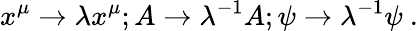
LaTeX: x^{\mu}\rightarrow\lambda x^{\mu};A\rightarrow\lambda^{-1}A;\psi\rightarrow\lambda^{-1}\psi~.